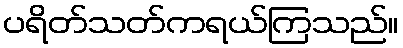
ပရိတ်သတ်ကရယ်ကြသည်။